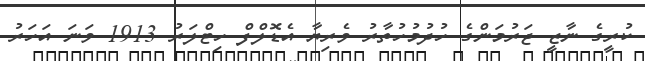
ކުރީގެ ނާޒީ ޖަރުމަންގެ ހުދުމުހުތާރު ވެރިޔާ އެޑޮލްފް ހިޓްލަރު 1913 ވަނަ އަހަރު